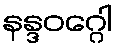
နန္ဒဝဂ္ဂေါ